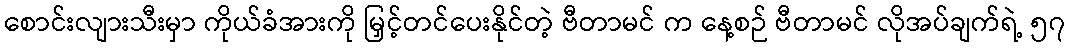
စောင်းလျားသီးမှာ ကိုယ်ခံအားကို မြှင့်တင်ပေးနိုင်တဲ့ ဗီတာမင် က နေ့စဉ် ဗီတာမင် လိုအပ်ချက်ရဲ့ ၅၇